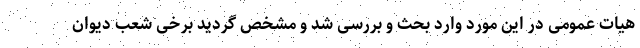
هیات عمومی در این مورد وارد بحث و بررسی شد و مشخص گردید برخی شعب دیوان